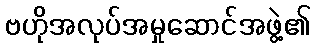
ဗဟိုအလုပ်အမှုဆောင်အဖွဲ့၏